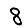
Digit: 8